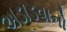
અડાડવાનો